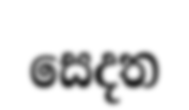
සෙදත